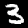
Label: 3